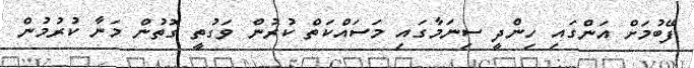
ފޭބުމަށް އަންގައި ހިންދީ ސިނަމާގައި މަސައްކަތް ކުރުން ވަގުތީ ގޮތުން މަނާ ކުރުމުން